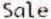
SALE